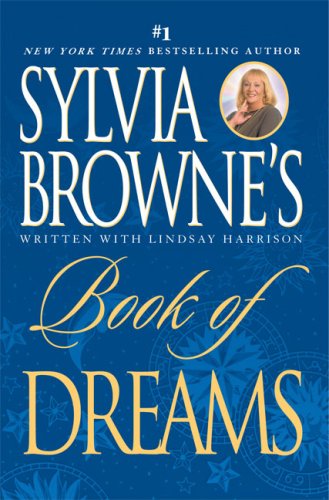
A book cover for Sylvia Browne's Book of Dreams; Sylvia Browne; Self-Help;